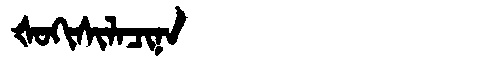
Manchu: ᡧᠣᡴᡳᠰᡳᠯᠠᠴᡳᠨᠠ
Romanization: ŠOKISILACINA